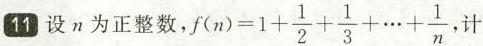
11 设n为正整数， $$f ( n ) = 1 + \frac { 1 } { 2 } + \frac { 1 } { 3 } + \cdots + \frac { 1 } { n }$$ ，计